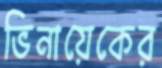
ভিনায়েকের